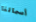
أسمائنا